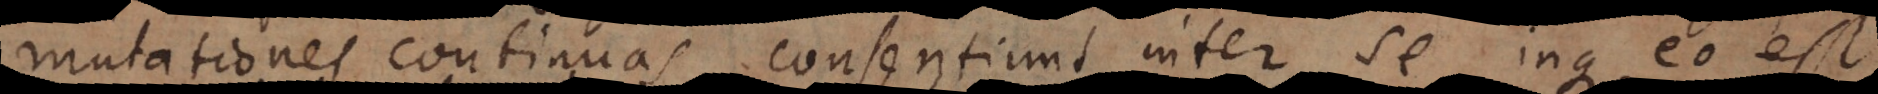
mutationes continuas consentiunt inter se, inque eo est